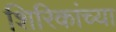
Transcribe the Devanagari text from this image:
शिरिकांच्या